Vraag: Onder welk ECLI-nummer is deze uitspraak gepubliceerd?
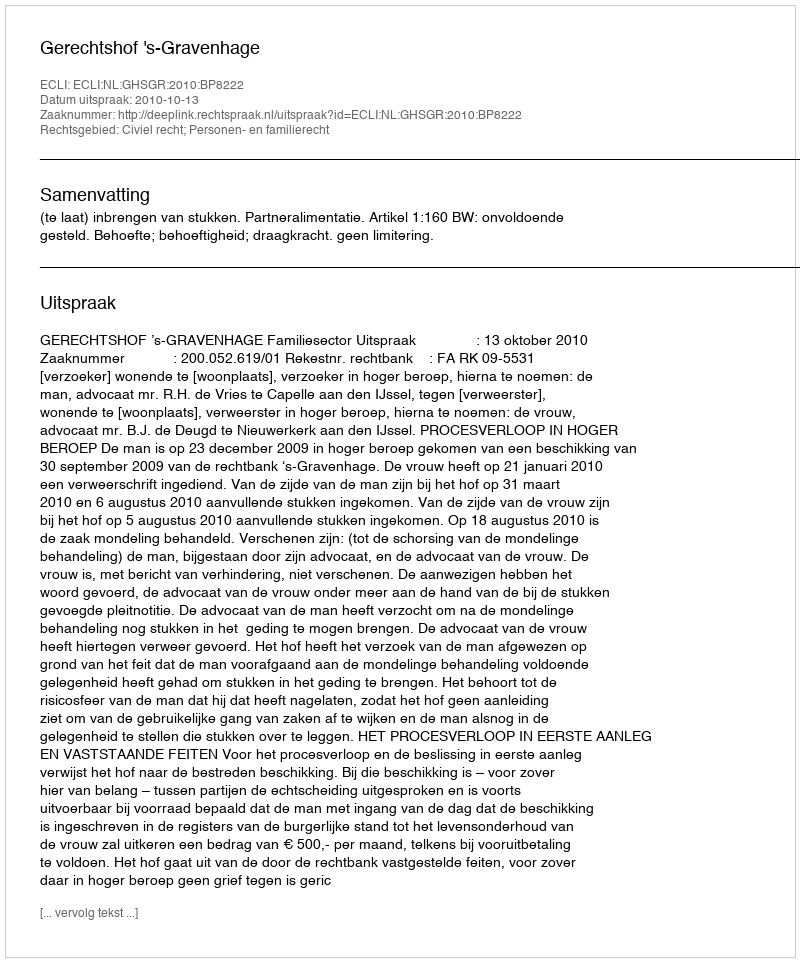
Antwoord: ECLI:NL:GHSGR:2010:BP8222